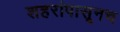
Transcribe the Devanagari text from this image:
शहरांपासूनच